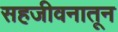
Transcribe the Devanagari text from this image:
सहजीवनातून